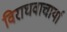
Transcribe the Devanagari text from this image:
विराघवाचार्या